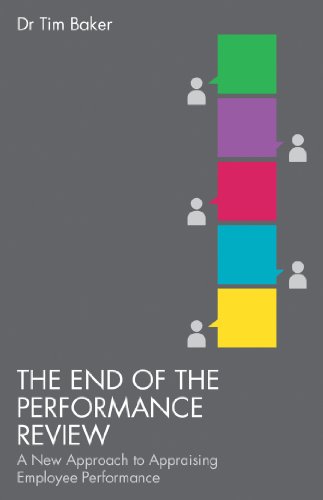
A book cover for The End of the Performance Review: A New Approach to Appraising Employee Performance; Tim Baker; Business & Money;